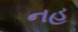
નહ